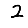
Digit: 2